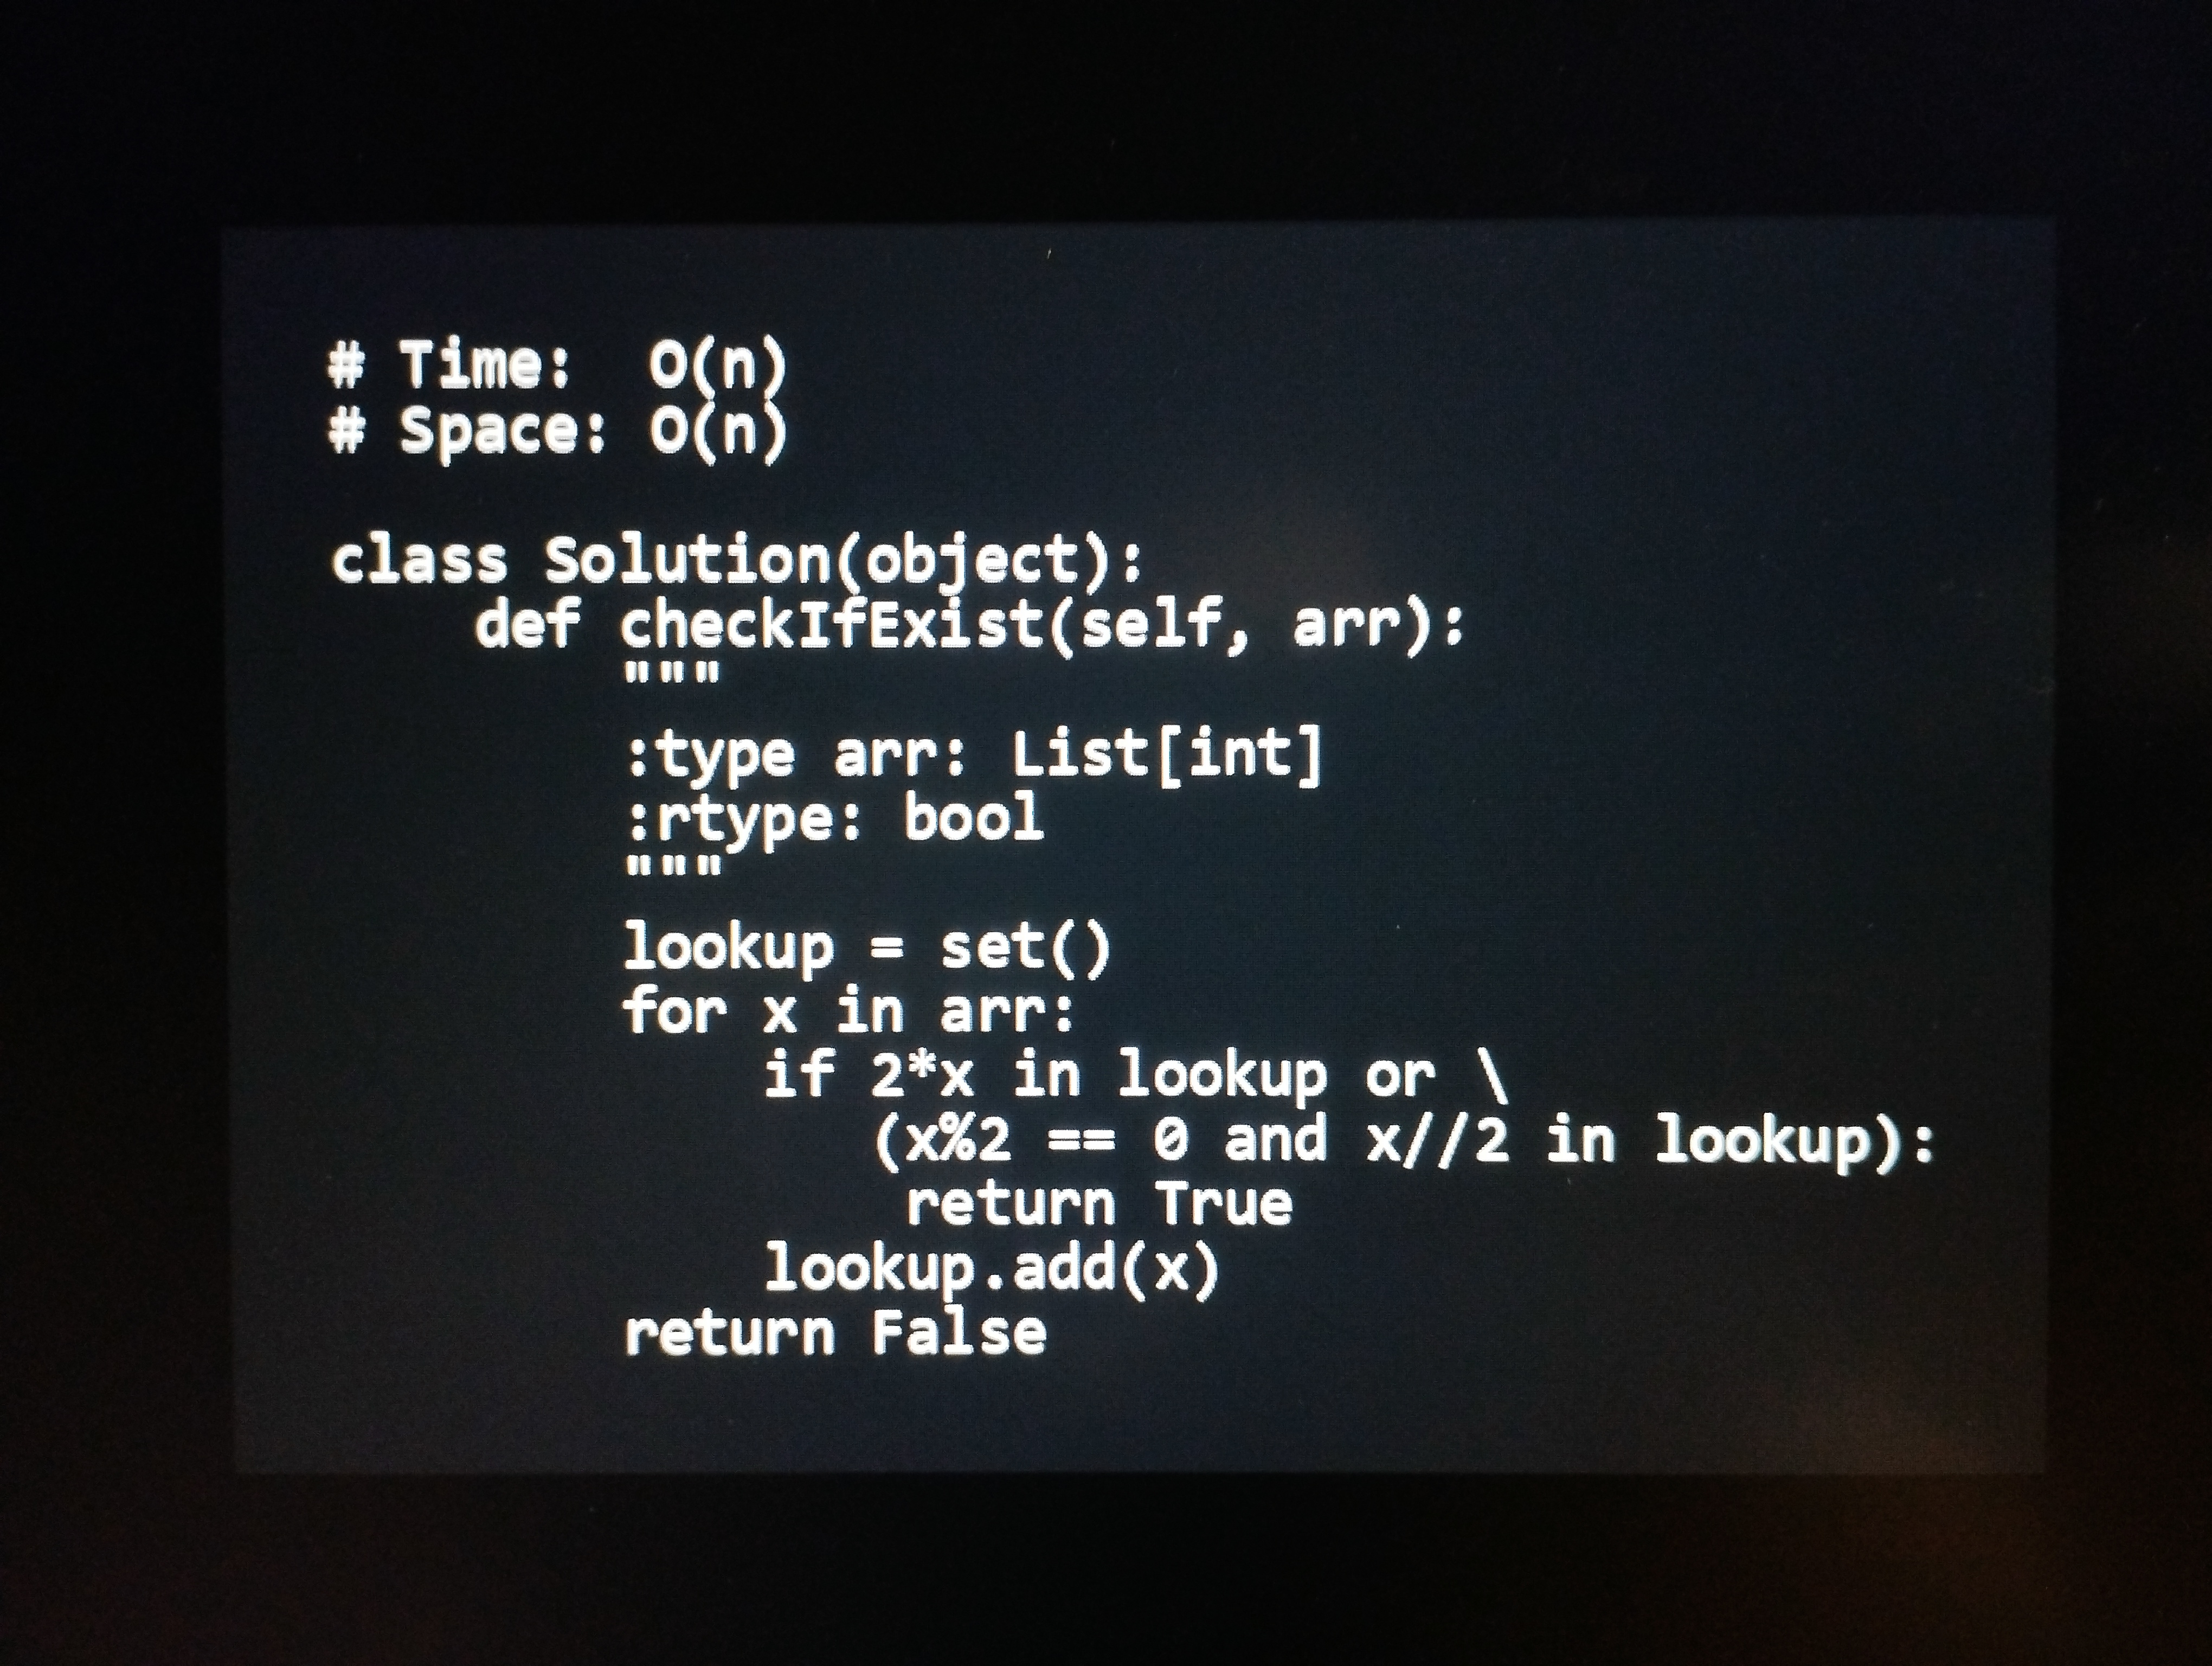
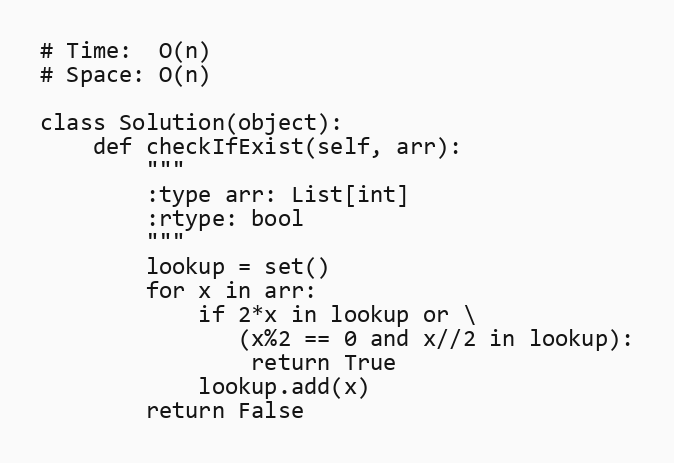
# Time:  O(n)
# Space: O(n)

class Solution(object):
    def checkIfExist(self, arr):
        """
        :type arr: List[int]
        :rtype: bool
        """
        lookup = set()
        for x in arr:
            if 2*x in lookup or \
               (x%2 == 0 and x//2 in lookup):
                return True
            lookup.add(x)
        return False